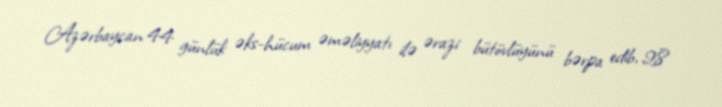
Azərbaycan 44 günlük əks-hücum əməliyyatı ilə ərazi bütövlüyünü bərpa edib, 28